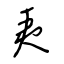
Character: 夷